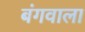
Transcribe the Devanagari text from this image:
बंगवाला